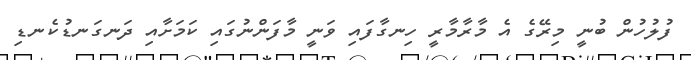
ފުލުހުން ބުނީ މިރޭގެ އެ މާރާމާރީ ހިނގާފައި ވަނީ މާފަންނުގައި ކަމަށާއި ދަނގަނޑުކެނޑި